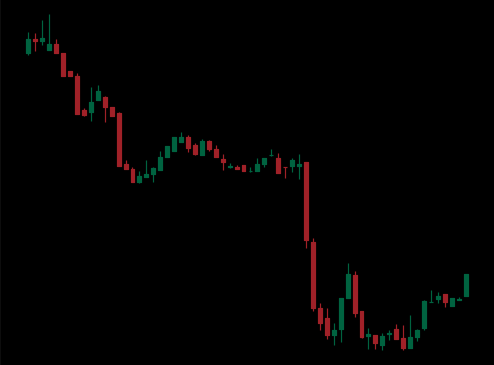
Pattern: bull_flag